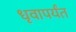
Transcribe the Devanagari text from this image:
धृवापर्यंत